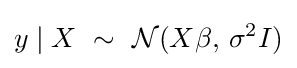
y\mid X\ \sim \ {\mathcal {N}}(X\beta ,\,\sigma ^{2}I)